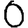
Digit: 0